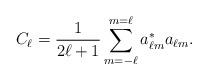
LaTeX: \begin{align*}C_\ell = {\frac{1}{2\ell +1}}\sum_{m=-\ell}^{m=\ell}a^*_{\ell m}a_{\ell m}.\end{align*}